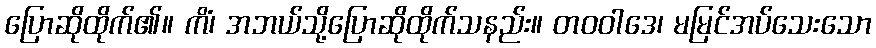
ပြောဆိုထိုက်၏။ ကိံ၊ အဘယ်သို့ပြောဆိုထိုက်သနည်း။ တဝဝါဒေ၊ မမြင်အပ်သေးသော